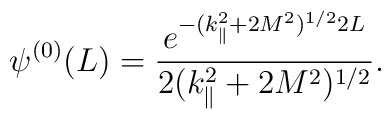
\psi^{(0)}(L)=\frac{ e^{-(k_{\|}^2+2 M^2)^{1/2} 2 L} }{             2 (k_{\|}^2+2 M^2)^{1/2} }.